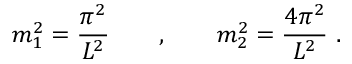
m _ { 1 } ^ { 2 } = \frac { \pi ^ { 2 } } { L ^ { 2 } } \qquad , \qquad m _ { 2 } ^ { 2 } = \frac { 4 \pi ^ { 2 } } { L ^ { 2 } } \, \, .